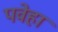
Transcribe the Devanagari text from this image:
पवेहा